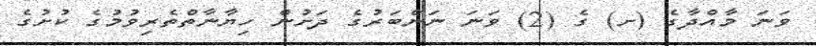
ވަނަ މާއްދާގެ (ށ) ގެ (2) ވަނަ ނަންބަރުގެ ދަށުން ހިޔާނާތްތެރިވުމުގެ ކުށުގެ